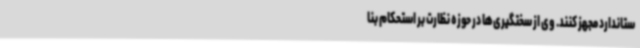
ستاندارد مجهز کنند. وی از سختگیری‌ها در حوزه نظارت بر استحکام بنا